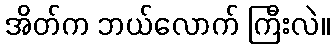
အိတ်က ဘယ်လောက် ကြီးလဲ။